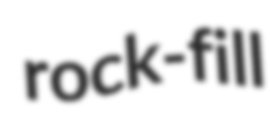
rock-fill